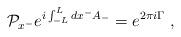
LaTeX: \begin{align*}{\cal P}_{x^{-}} e^{i\int_{-L}^{L} dx^{-} A_{-}} = e^{2\pi i\Gamma}\,\,,\end{align*}